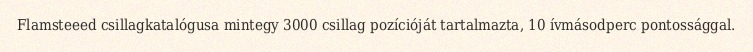
Flamsteeed csillagkatalógusa mintegy 3000 csillag pozícióját tartalmazta, 10 ívmásodperc pontossággal.